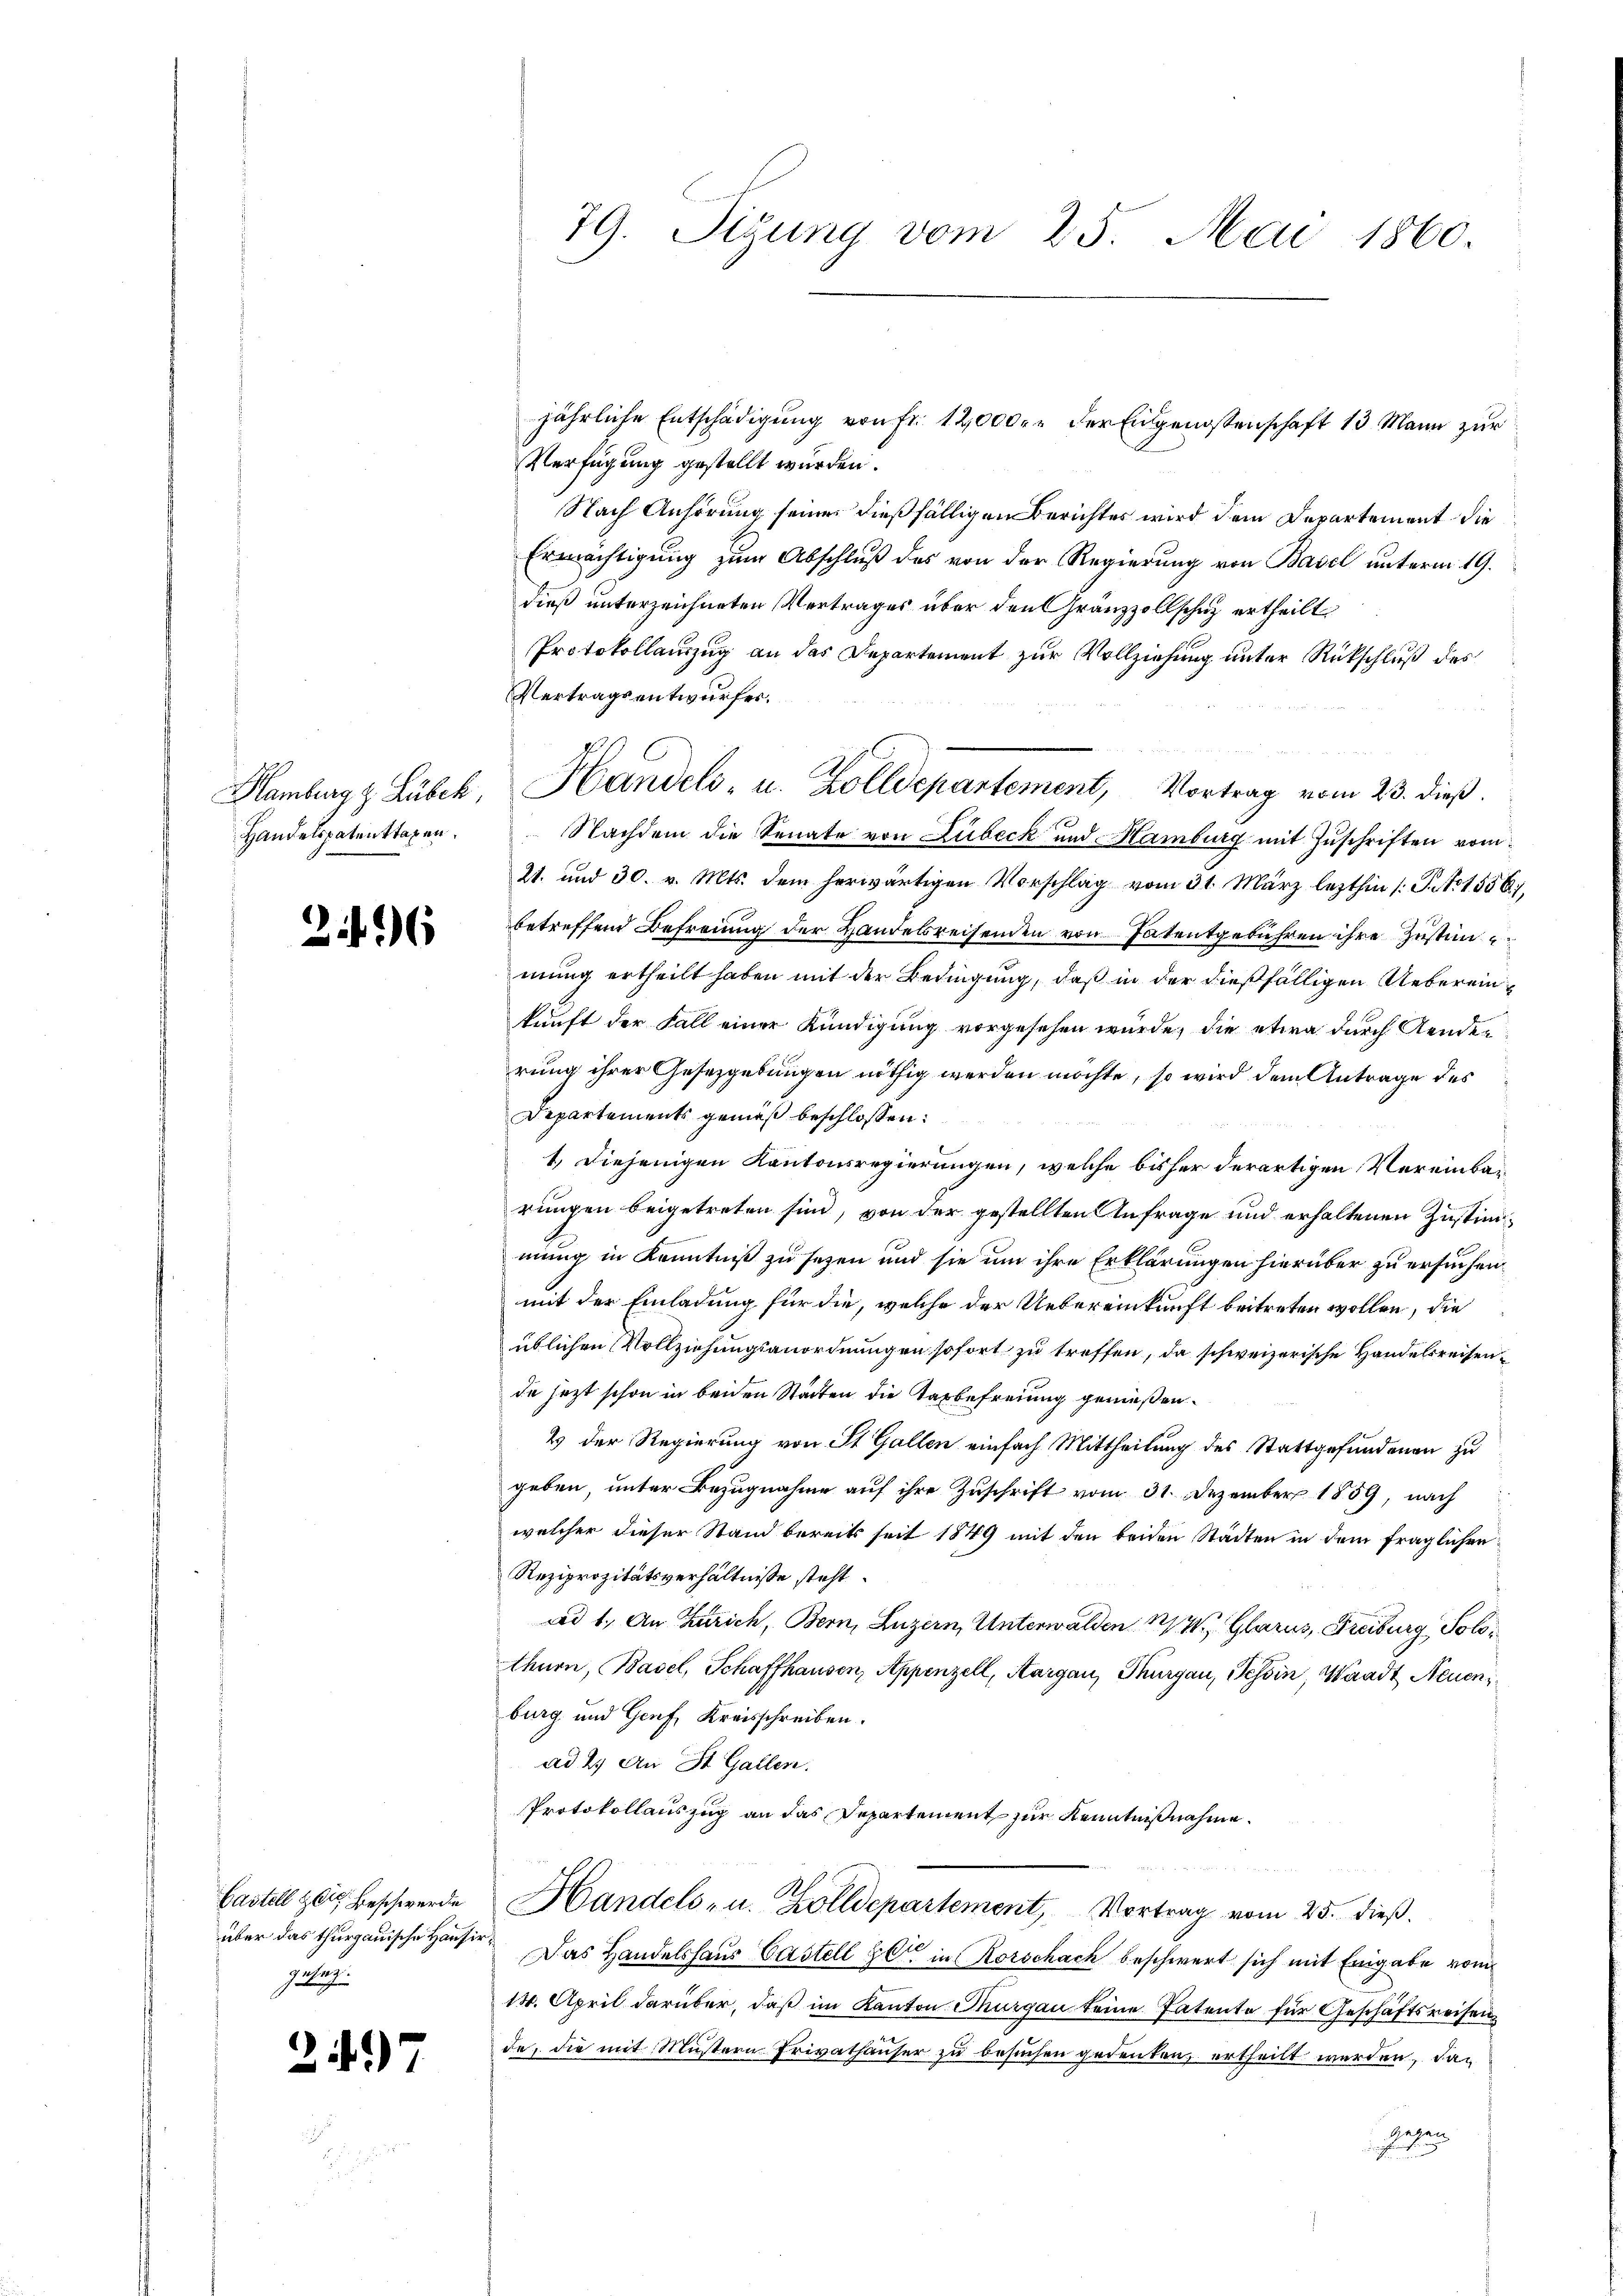
Hamburg z. Lubek,
Handelspatenttagen.

26

Castell & die Beschwerden
über das thurgauische Hausie
geteg.

2)

79. Sigung vom 25. Mai 1860.

Verfügung gestellt wurden.
Nach Anhörung seiner dießfälligen Berichtes wird dem Departement die
Ermächtigung zum Abschluß des von der Regierung von Basel unterm 19.
dieß unterzeichneten Vertrages über den Gränzzollschutz ertheilt
Protokollanzug an das Departement zur Vollziehung unter Rückschluß des
Vertragsentwurfes.
Handels- u. Zolldepartement, Vortrag vom 23. dieß.
Nachdem die Senate von Lübeck und Hamburg mit Zuschriften vom
21. und 30. v. Mts. dem herwärtigen Vorschlag vom 31. März lezthin /: J. No 1550
betreffend Befreiung der Handesreisenden von Patentgebühren ihre Zustimmung ertheilt haben mit der Bedingung, daß in der dießfälligen Uebereinkunft der Fall einer Kündigung vorgesehen wurde, die etwa durch Aenden
rung ihrer Gesetzgebungen nöthig werden möchte, so wird dem Antrage des
Departements gemäß beschlossen:
1. Diejenigen Kantonsregierungen, welche bisher derartigen Vereinbarungen beigetreten sind, von der gestellten Anfrage und erhaltenen Zustimmung in Kenntniß zu sezen und sie um ihre Erklärungen hierüber zu ersuchen
mit der Einladung für die, welche der Uebereinkunft beitreten wollen, die
üblichen Vollziehungsanordnungen sofort zu treffen, da schweizerische Handelsreisendie jezt schon in beiden Stadten die Tatbefreiung gemeßen.
2 der Regierung von St. Gallen einfach Mittheilung des Stattgefundenen zu
geben, unter Bezugnahme auf ihre Zuschrift vom 31. Dezember 1859, nach
welcher dieser Stand bereits seit 1849 mit den beiden Städten in dem fraglichen
Reziprozitätsverhältnisse steht.
ad 1. An Zürich, Bern, Luzern, Unterwalden 114, Glarus, Freiburg Solothurn, Basel, Schaffhausen, Appenzell, Aargau, Thurgau, Tessin, Waadt Neuen
burg und Genf, Kreisschreiben.
ad 2. An St. Gallen.
Protokollauszug an das Departement zur Kenntnißnahme.

Handels- u. Zolldepartement, Vortrag vom 25. dieß.
Das Handelshaus Castell er in Rorschach beschwert sich mit Eingabe vom
14. April darüber, daß im Kanton Thurgau keine Patente für Geschäftsreisen
de, die mit Mustern Privathäuser zu besuchen gedeuten, ertheilt werden, das
hiehen

jährliche Entschädigung von fr. 12,000. r der Eidgenossenschaft 13 Mann zur